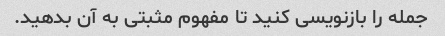
جمله را بازنویسی کنید تا مفهوم مثبتی به آن بدهید.